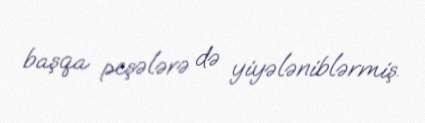
başqa peşələrə də yiyələniblərmiş.